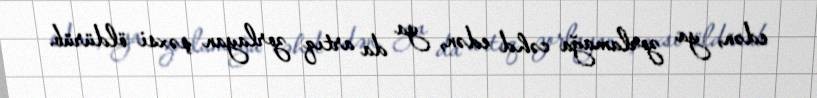
edən, ya zorlamağa cəhd edən, ya da artıq zorlayan şəxsi öldürüb.